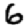
Digit: 6